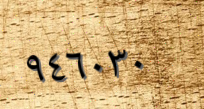
٩٤٦٠٣٠